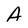
Character: A